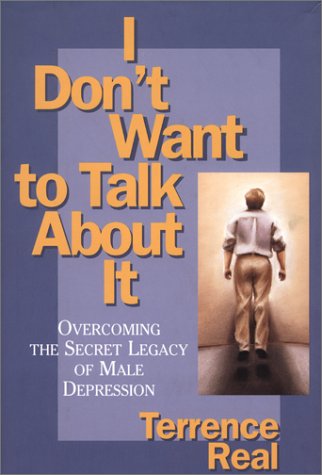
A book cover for I Don't Want to Talk About It: Overcoming the Secret Legacy of Male Depression; Terrence Real; Health, Fitness & Dieting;